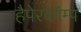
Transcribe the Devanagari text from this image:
हैपेरकॉम्प